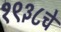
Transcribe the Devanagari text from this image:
१९३८चे